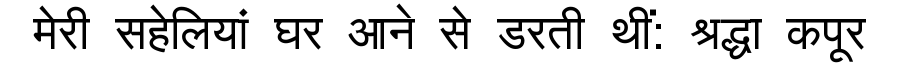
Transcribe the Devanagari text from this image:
मेरी सहेलियां घर आने से डरती थीं: श्रद्धा कपूर